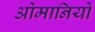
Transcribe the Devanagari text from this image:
ओमानियों